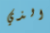
الذي